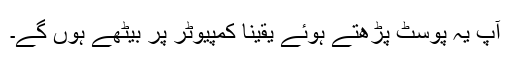
آپ یہ پوسٹ پڑھتے ہوئے یقینًا کمپیوٹر پر بیٹھے ہوں گے۔